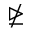
\ntrianglelefteq